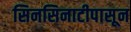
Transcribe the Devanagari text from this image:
सिनसिनाटीपासून